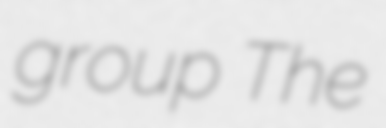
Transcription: group The